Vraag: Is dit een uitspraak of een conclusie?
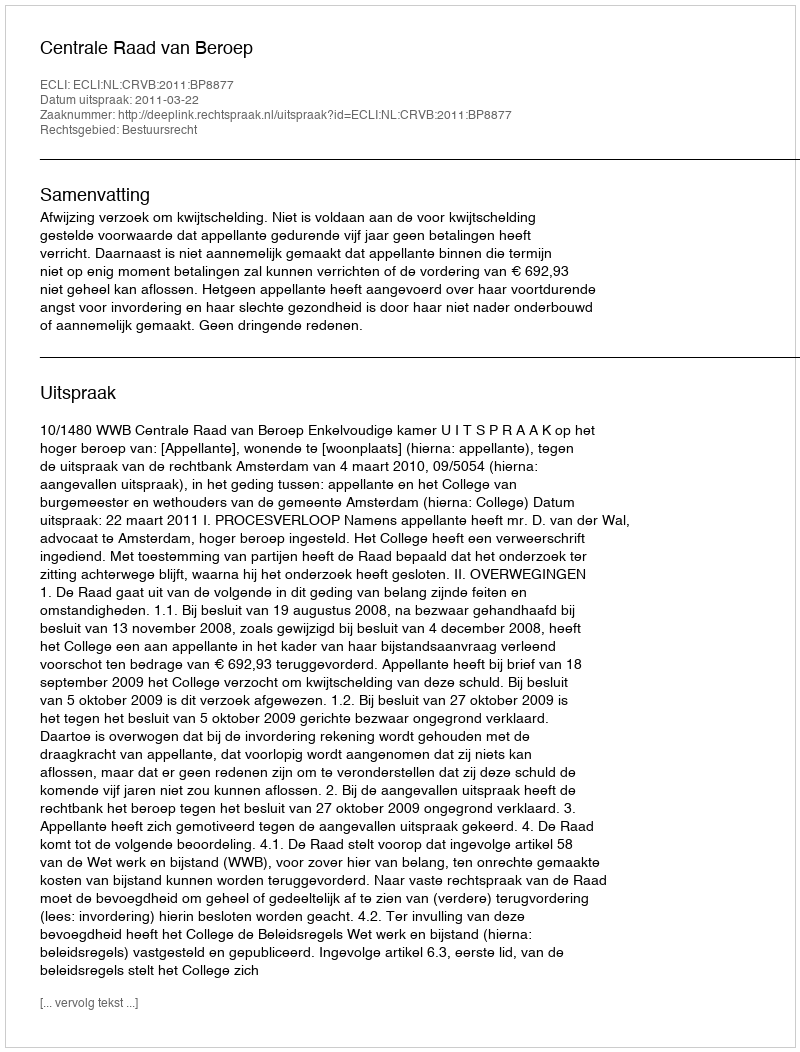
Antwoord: Uitspraak